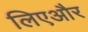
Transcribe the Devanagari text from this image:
लिएऔर